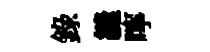
錄縫嚀